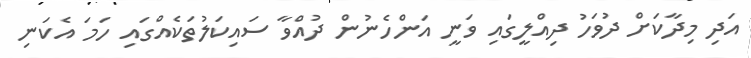
އަދި މިދާކަށް ދުވަހު ދިއްލީގައި ވަނީ އަންހެނުން ދުއްވާ ސައިކަލުތަކެއްގައި ހަމަ އެކަނި